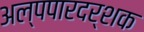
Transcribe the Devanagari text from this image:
अल्पपारदर्शक